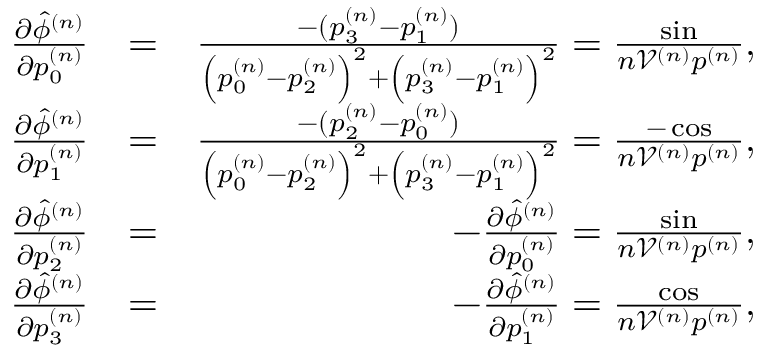
\begin{array} { r l r } { \frac { \partial \hat { \phi } ^ { ( n ) } } { \partial p _ { 0 } ^ { ( n ) } } } & { = } & { \frac { - ( p _ { 3 } ^ { ( n ) } - p _ { 1 } ^ { ( n ) } ) } { \left( p _ { 0 } ^ { ( n ) } - p _ { 2 } ^ { ( n ) } \right) ^ { 2 } + \left( p _ { 3 } ^ { ( n ) } - p _ { 1 } ^ { ( n ) } \right) ^ { 2 } } = \frac { \sin } { n \mathcal { V } ^ { ( n ) } p ^ { ( n ) } } , } \\ { \frac { \partial \hat { \phi } ^ { ( n ) } } { \partial p _ { 1 } ^ { ( n ) } } } & { = } & { \frac { - ( p _ { 2 } ^ { ( n ) } - p _ { 0 } ^ { ( n ) } ) } { \left( p _ { 0 } ^ { ( n ) } - p _ { 2 } ^ { ( n ) } \right) ^ { 2 } + \left( p _ { 3 } ^ { ( n ) } - p _ { 1 } ^ { ( n ) } \right) ^ { 2 } } = \frac { - \cos } { n \mathcal { V } ^ { ( n ) } p ^ { ( n ) } } , } \\ { \frac { \partial \hat { \phi } ^ { ( n ) } } { \partial p _ { 2 } ^ { ( n ) } } } & { = } & { - \frac { \partial \hat { \phi } ^ { ( n ) } } { \partial p _ { 0 } ^ { ( n ) } } = \frac { \sin } { n \mathcal { V } ^ { ( n ) } p ^ { ( n ) } } , } \\ { \frac { \partial \hat { \phi } ^ { ( n ) } } { \partial p _ { 3 } ^ { ( n ) } } } & { = } & { - \frac { \partial \hat { \phi } ^ { ( n ) } } { \partial p _ { 1 } ^ { ( n ) } } = \frac { \cos } { n \mathcal { V } ^ { ( n ) } p ^ { ( n ) } } , } \end{array}